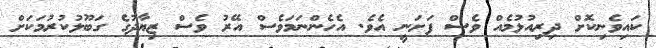
ކައިވެނިކޮށް ދިރިއުޅުމެއް ވެސް ފަށަނީ އެވެ. އެހެންނަމަވެސް އޭރު ވެސް ޒިޔާދުގެ ގަބޫލުކުރުމަކަށް